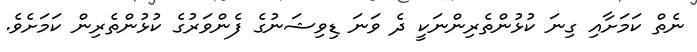
ނެތް ކަމަށާއި ގިނަ ކުޅުންތެރިންނަކީ ދެ ވަނަ ޑިވިޝަނުގެ ފެންވަރުގެ ކުޅުންތެރިން ކަމަށެވެ.